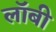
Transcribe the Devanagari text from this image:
लाॅबी